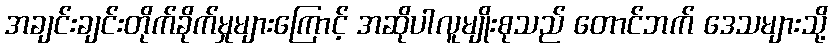
အချင်းချင်းတိုက်ခိုက်မှုများကြောင့် အဆိုပါလူမျိုးစုသည် တောင်ဘက် ဒေသများသို့